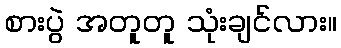
စားပွဲ အတူတူ သုံးချင်လား။